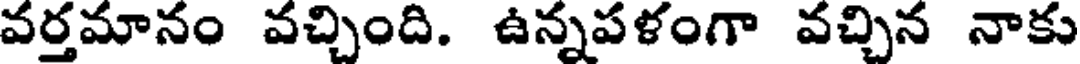
వర్తమానం వచ్చింది. ఉన్నపళంగా వచ్చిన నాకు